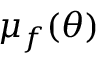
\mu _ { f } ( \theta )